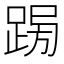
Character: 𨁳